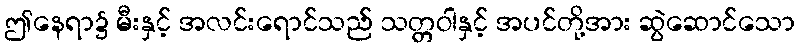
ဤနေရာ၌ မီးနှင့် အလင်းရောင်သည် သတ္တဝါနှင့် အပင်တို့အား ဆွဲဆောင်သော